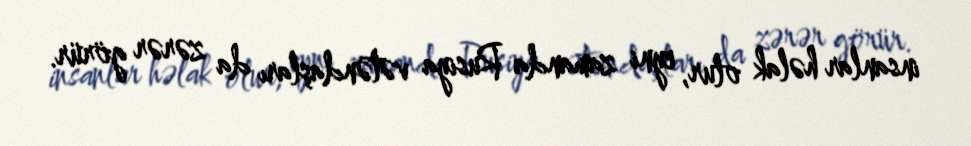
insanlar həlak olur, eyni zamanda Rusiya vətəndaşları da zərər görür.